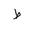
Letter: _da